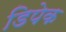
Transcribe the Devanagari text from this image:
डिपेक